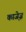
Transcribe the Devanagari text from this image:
काजे़ज़